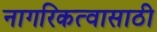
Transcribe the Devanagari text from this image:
नागरिकत्वासाठी